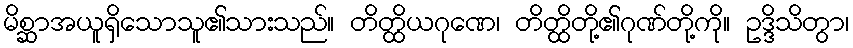
မိစ္ဆာအယူရှိသောသူ၏သားသည်။ တိတ္ထိယဂုဏေ၊ တိတ္ထိတို့၏ဂုဏ်တို့ကို။ ဥဒ္ဒိသိတွာ၊